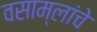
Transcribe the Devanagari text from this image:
वसाम्लांचे